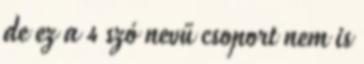
de ez a 4 szó nevű csoport nem is